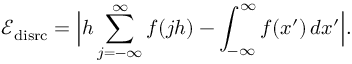
\mathcal { E } _ { \mathrm { d i s r c } } = \Big | h \sum _ { j = - \infty } ^ { \infty } f ( j h ) - \int _ { - \infty } ^ { \infty } f ( x ^ { \prime } ) \, d x ^ { \prime } \Big | .